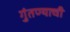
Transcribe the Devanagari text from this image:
गुंतण्याची